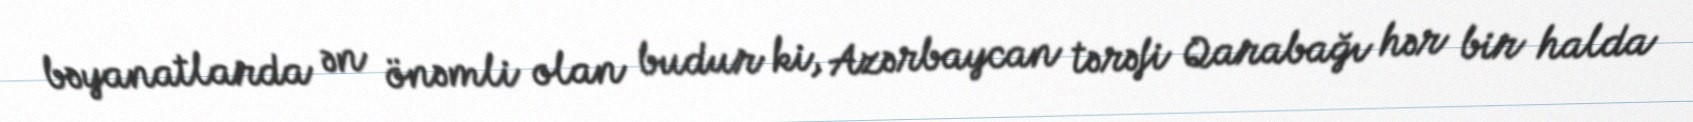
bəyanatlarda ən önəmli olan budur ki, Azərbaycan tərəfi Qarabağı hər bir halda